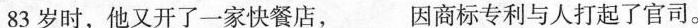
83岁时，他又开了一家快餐店，___因商标专利与人打起了官司。